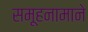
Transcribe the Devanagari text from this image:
समूहनामाने